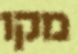
מקו